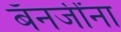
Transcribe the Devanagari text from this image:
बॅनर्जींना